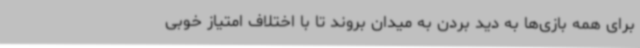
برای همه بازی‌ها به دید بردن به میدان بروند تا با اختلاف امتیاز خوبی